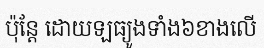
ប៉ុន្តែ ដោយឡធ្យូងទាំង៦ខាងលើ